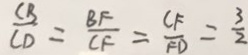
\frac { C B } { C D } = \frac { B F } { C F } = \frac { C F } { F D } = \frac { 3 } { 2 }